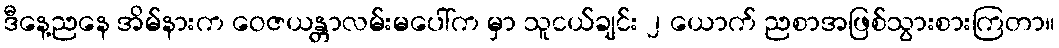
ဒီနေ့ညနေ အိမ်နားက ဝေဇယန္တာလမ်းမပေါ်က မှာ သူငယ်ချင်း ၂ ယောက် ညစာအဖြစ်သွားစားကြတာ။